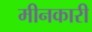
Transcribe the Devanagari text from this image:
मीनकारी